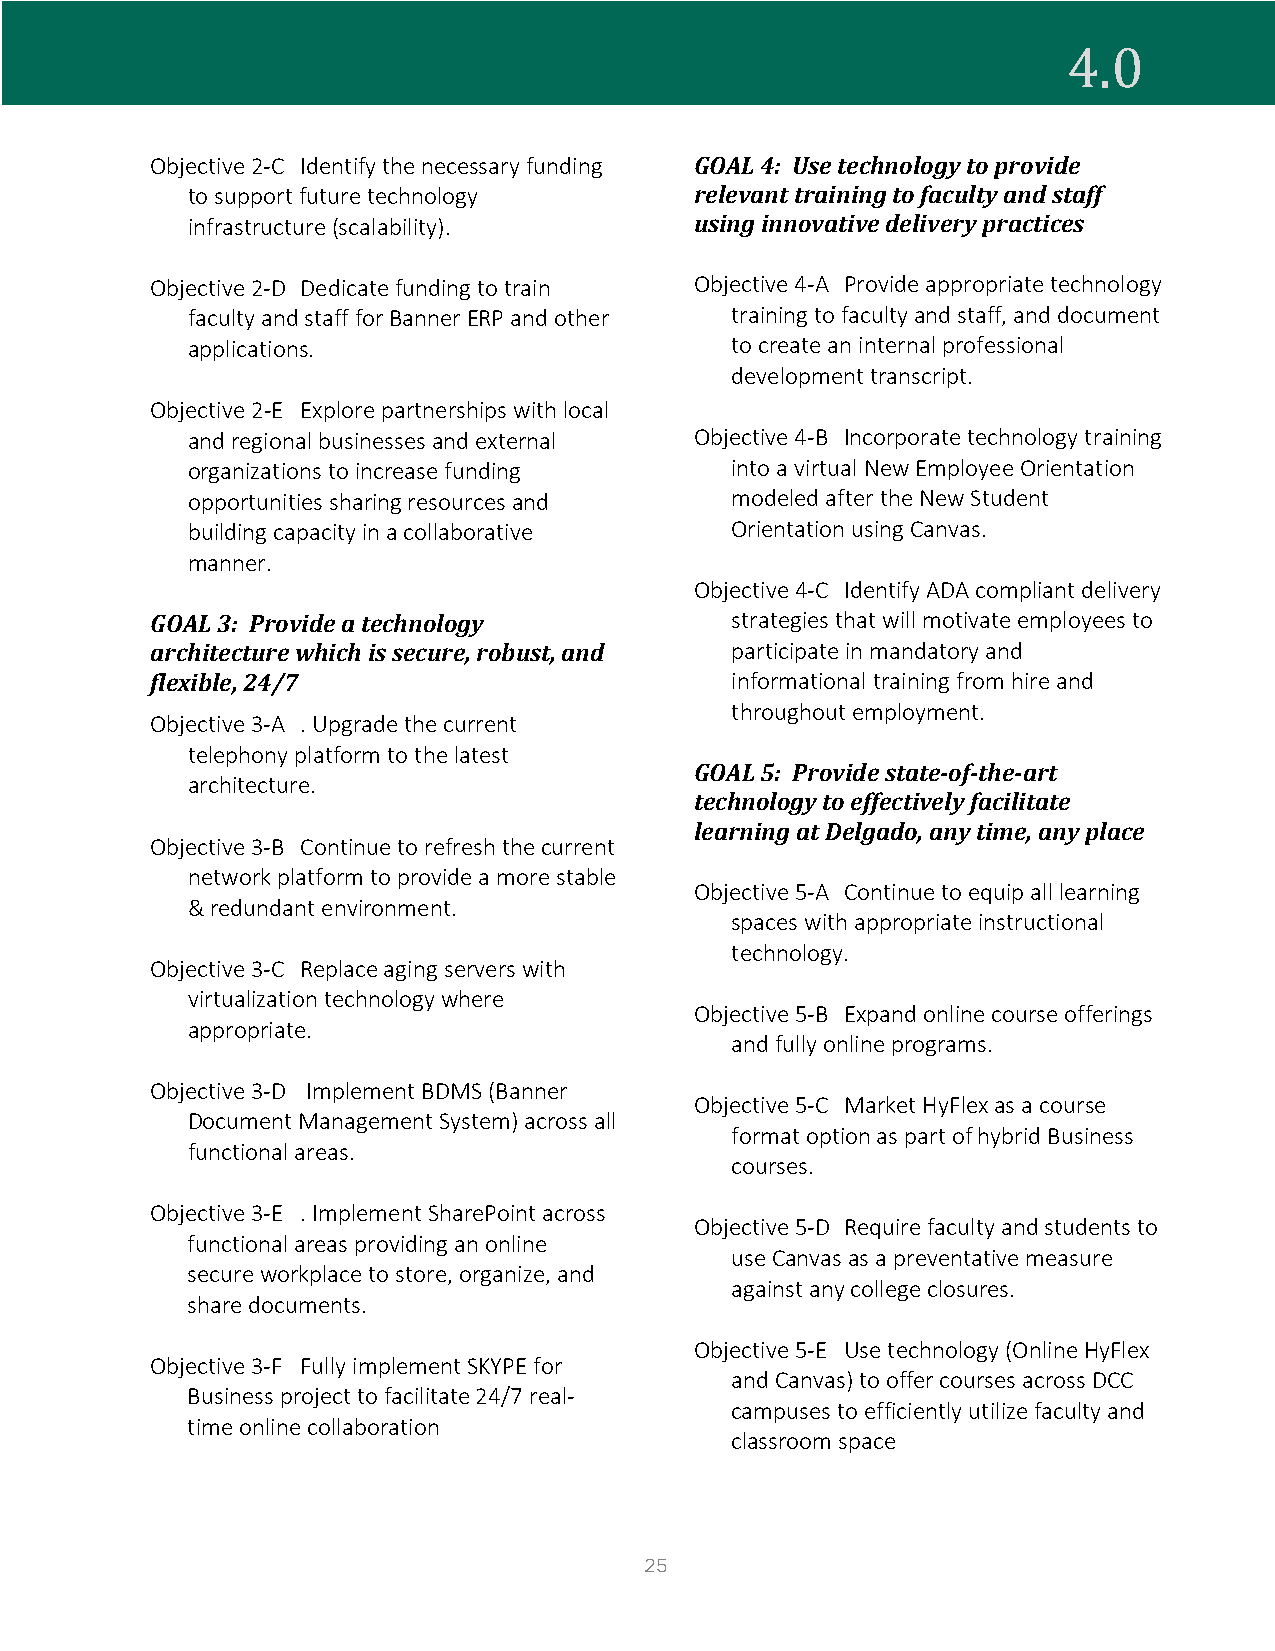
Objective 2-C Identify the necessary funding GOAL 4: Use technology to provide
 4.0
 to support future technology      relevant training to faculty and staff
 infrastructure (scalability).     using innovative delivery practices
 Objective 2-D Dedicate funding to train Objective 4-A Provide appropriate technology
 faculty and staff for Banner ERP and other training to faculty and staff, and document
 applications.                       to create an internal professional
 development transcript.
 Objective 2-E Explore partnerships with local
 and regional businesses and external Objective 4-B Incorporate technology training
 organizations to increase funding   into a virtual New Employee Orientation
 opportunities sharing resources and modeled after the New Student
 building capacity in a collaborative Orientation using Canvas.
 manner.
 Objective 4-C Identify ADA compliant delivery
 GOAL 3: Provide a technology          strategies that will motivate employees to
 architecture which is secure, robust, and participate in mandatory and
 flexible, 24/7                        informational training from hire and
 throughout employment.
 Objective 3-A . Upgrade the current
 telephony platform to the latest
 GOAL 5: Provide state-of-the-art
 architecture.
 technology to effectively facilitate
 learning at Delgado, any time, any place
 Objective 3-B Continue to refresh the current
 network platform to provide a more stable
 Objective 5-A Continue to equip all learning
 & redundant environment.
 spaces with appropriate instructional
 technology.
 Objective 3-C Replace aging servers with
 virtualization technology where
 Objective 5-B Expand online course offerings
 appropriate.
 and fully online programs.
 Objective 3-D Implement BDMS (Banner
 Objective 5-C Market HyFlex as a course
 Document Management System) across all
 format option as part of hybrid Business
 functional areas.
 courses.
 Objective 3-E . Implement SharePoint across
 Objective 5-D Require faculty and students to
 functional areas providing an online
 use Canvas as a preventative measure
 secure workplace to store, organize, and
 against any college closures.
 share documents.
 Objective 5-E Use technology (Online HyFlex
 Objective 3-F Fully implement SKYPE for
 and Canvas) to offer courses across DCC
 Business project to facilitate 24/7 real-
 campuses to efficiently utilize faculty and
 time online collaboration
 classroom space
 25